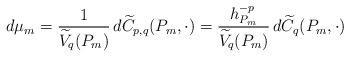
LaTeX: \begin{align*}d\mu_m= \frac1{ \widetilde{V}_q(P_m)}\,d\widetilde{C}_{p,q}(P_m,\cdot)=\frac{h_{P_m}^{-p}}{ \widetilde{V}_q(P_m)}\,d\widetilde{C}_{q}(P_m,\cdot)\end{align*}